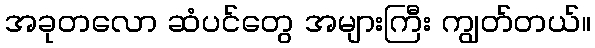
အခုတလော ဆံပင်တွေ အများကြီး ကျွတ်တယ်။